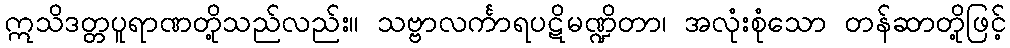
ဣသိဒတ္တပူရာဏတို့သည်လည်း။ သဗ္ဗာလင်္ကာရပဋိမဏ္ဍိတာ၊ အလုံးစုံသော တန်ဆာတို့ဖြင့်